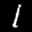
Label: 1